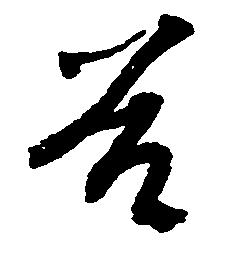
谷